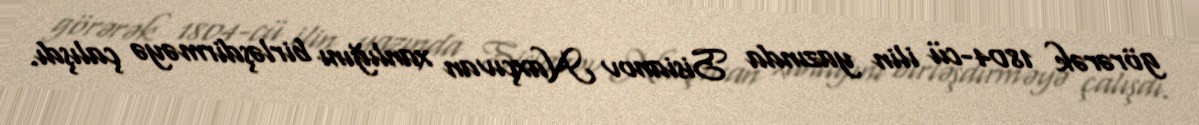
görərək 1804-cü ilin yazında Sisianov Naxçıvan xanlığını birləşdirməyə çalışdı.